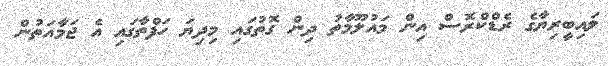
ލައިބީރިޔާގެ ރެޑްކްރޮސް އިން މައުލޫމާތު ދިން ގޮތުގައި މިދިޔަ ހަފްތާގައި އެ ޖަމާއަތުން